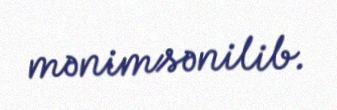
mənimsənilib.